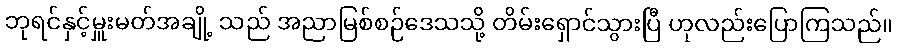
ဘုရင်နှင့်မှူးမတ်အချို့ သည် အညာမြစ်စဉ်ဒေသသို့ တိမ်းရှောင်သွားပြီ ဟုလည်းပြောကြသည်။